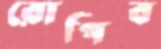
রোপিব